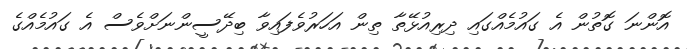
އޮންނަ ގޮތުން އެ ގައުމެއްގައި ދިރިއުޅޭތާ ތިން އަހަރުވެފައިވާ ބިދޭސީންނަށްވެސް އެ ގައުމެއްގެ